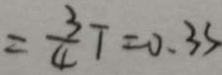
= \frac { 3 } { 4 } T = 0 . 3 s